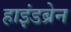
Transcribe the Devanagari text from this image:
हाइंडब्रेन